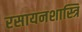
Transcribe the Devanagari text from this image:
रसायनशास्त्रि